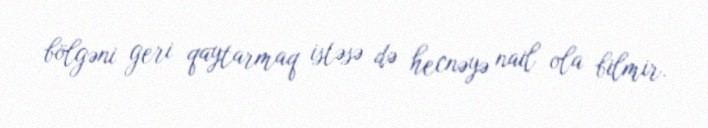
bölgəni geri qaytarmaq istəsə də hecnəyə nail ola bilmir.